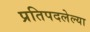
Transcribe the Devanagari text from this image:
प्रतिपदलेल्या